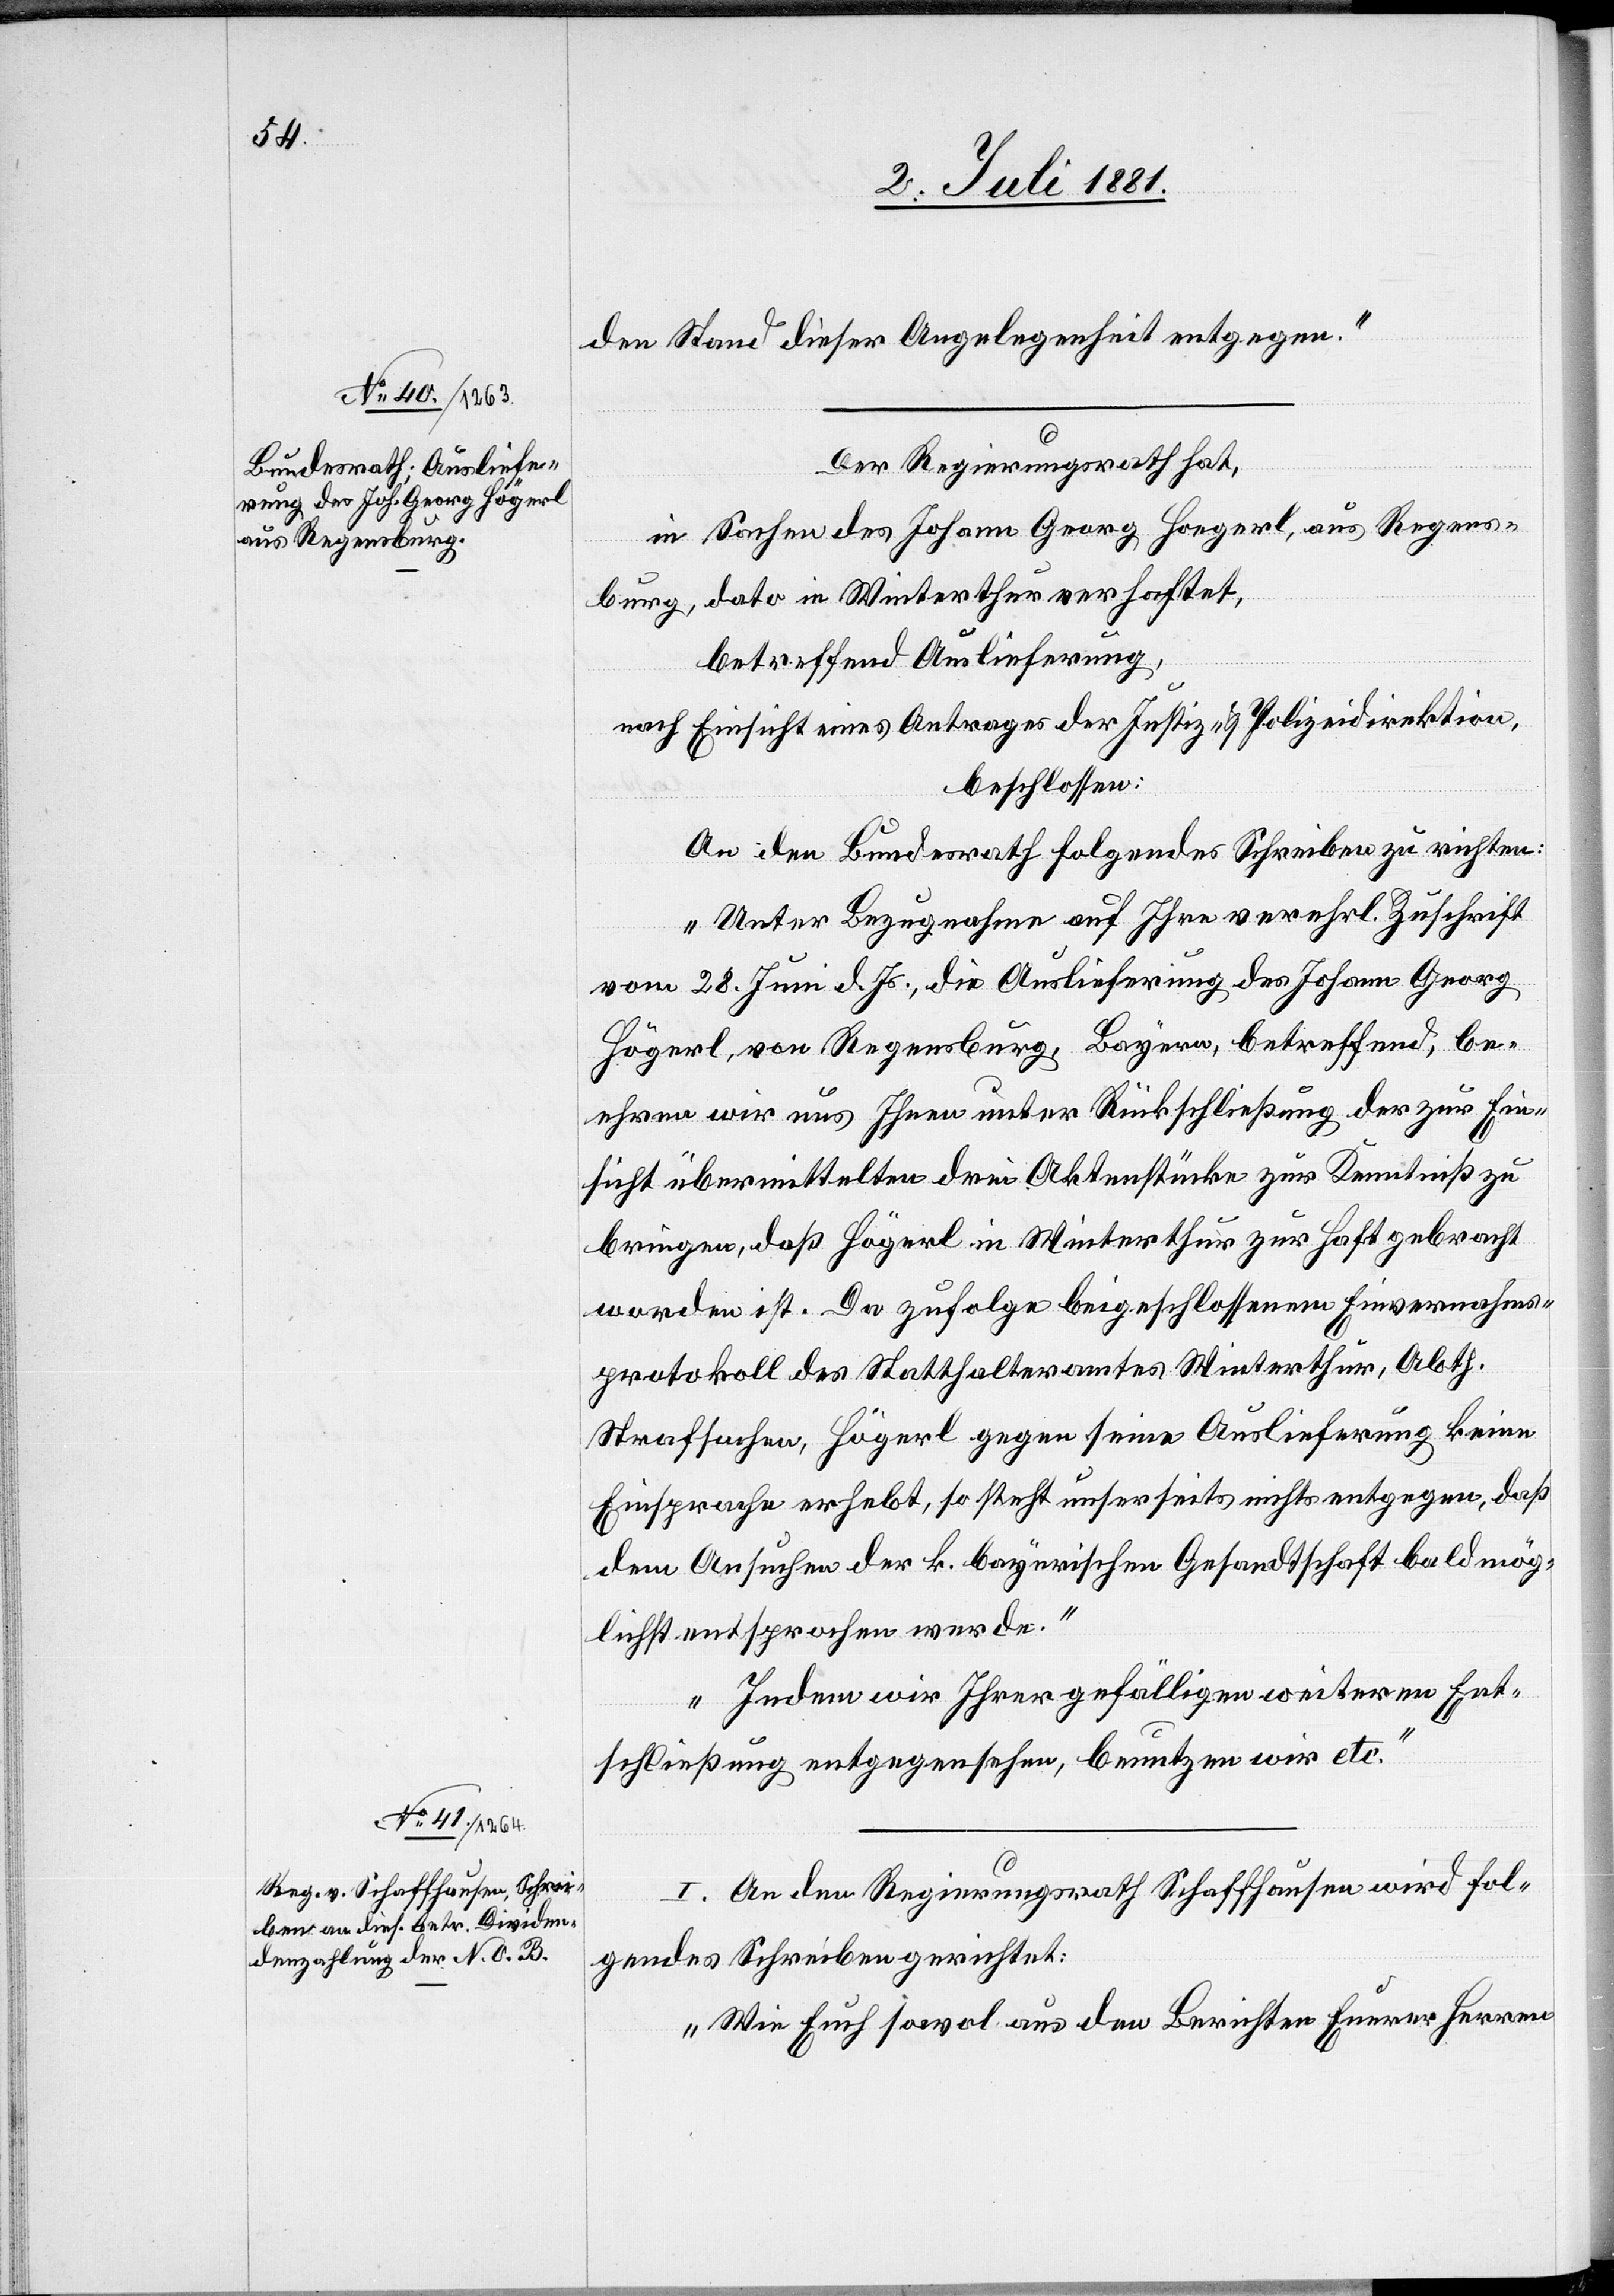
den Stand dieser Angelegenheit entgegen.“
Der Regierungsrath hat,
in Sache des Johann Georg Hoegerl, aus Regens¬
burg, dato in Winterthur verhaftet,
betreffend Auslieferung,
nach Einsicht Eines Antrages der Justiz- & Polizeidirektion,
beschlossen:
An den Bundesrath folgendes Schreiben zu richten:
„Unter Bezugnahme auf Ihre verehrl. Zuschrift
vom 28. Juni d. Js., die Auslieferung des Johann Georg
Högerl, von Regensburg, Bayern, betreffend, be¬
ehren wir uns Ihnen unter Rückschließung der zur Ein¬
sicht übermittelten drei Aktenstücke zur Kenntniß zu
bringen, daß Högerl in Winterthur zur Haft gebracht
worden ist. Da zufolge beigeschlossenem Einvernahms¬
protokoll des Statthalteramtes Winterthur, Abth.
Strafsachen, Högerl gegen seine Auslieferung keine
Einsprache erhebt, so steht unserseits nichts entgegen, daß
dem Ansuchen der k. bayerischen Gesandtschaft baldmög¬
lichst entsprochen werde.
Indem wir Ihrer gefälligen weiteren Ent¬
schließung entgegensehen, benutzen wir etc.“
I. An den Regierungsrath Schaffhausen wird fol¬
gendes Schreiben gerichtet:
„Wie Euch sowol aus den Berichten Euerer Herren